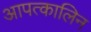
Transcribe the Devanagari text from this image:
आपत्कालिन